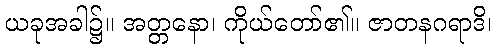
ယခုအခါ၌။ အတ္တနော၊ ကိုယ်တော်၏။ ဇာတနဂရာဒိ၊